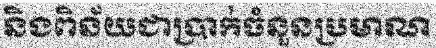
និងពិន័យជាប្រាក់ចំនួនប្រមាណ